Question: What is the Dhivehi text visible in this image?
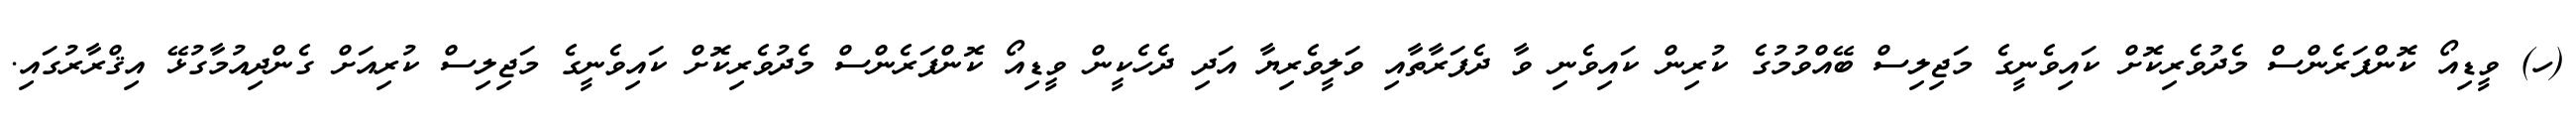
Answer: (ހ) ވީޑިއޯ ކޮންފަރެންސް މެދުވެރިކޮށް ކައިވެނީގެ މަޖިލިސް ބޭއްވުމުގެ ކުރިން ކައިވެނި ވާ ދެފަރާތާއި ވަލީވެރިޔާ އަދި ދެހެކީން ވީޑިއޯ ކޮންފަރެންސް މެދުވެރިކޮށް ކައިވެނީގެ މަޖިލިސް ކުރިއަށް ގެންދިއުމާގުޅޭ އިޤްރާރުގައި.